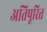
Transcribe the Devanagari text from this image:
अतिपूरित